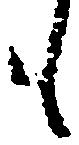
も